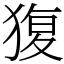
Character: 𤟱